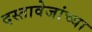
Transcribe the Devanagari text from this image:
दस्तावेजांच्या